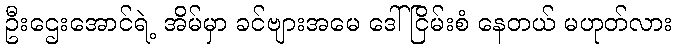
ဦးဌေးအောင်ရဲ့ အိမ်မှာ ခင်ဗျားအမေ ဒေါ်ငြိမ်းစံ နေတယ် မဟုတ်လား